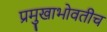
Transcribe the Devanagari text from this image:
प्रमुखाभोवतीच